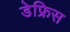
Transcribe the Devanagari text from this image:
डेफ्रिस